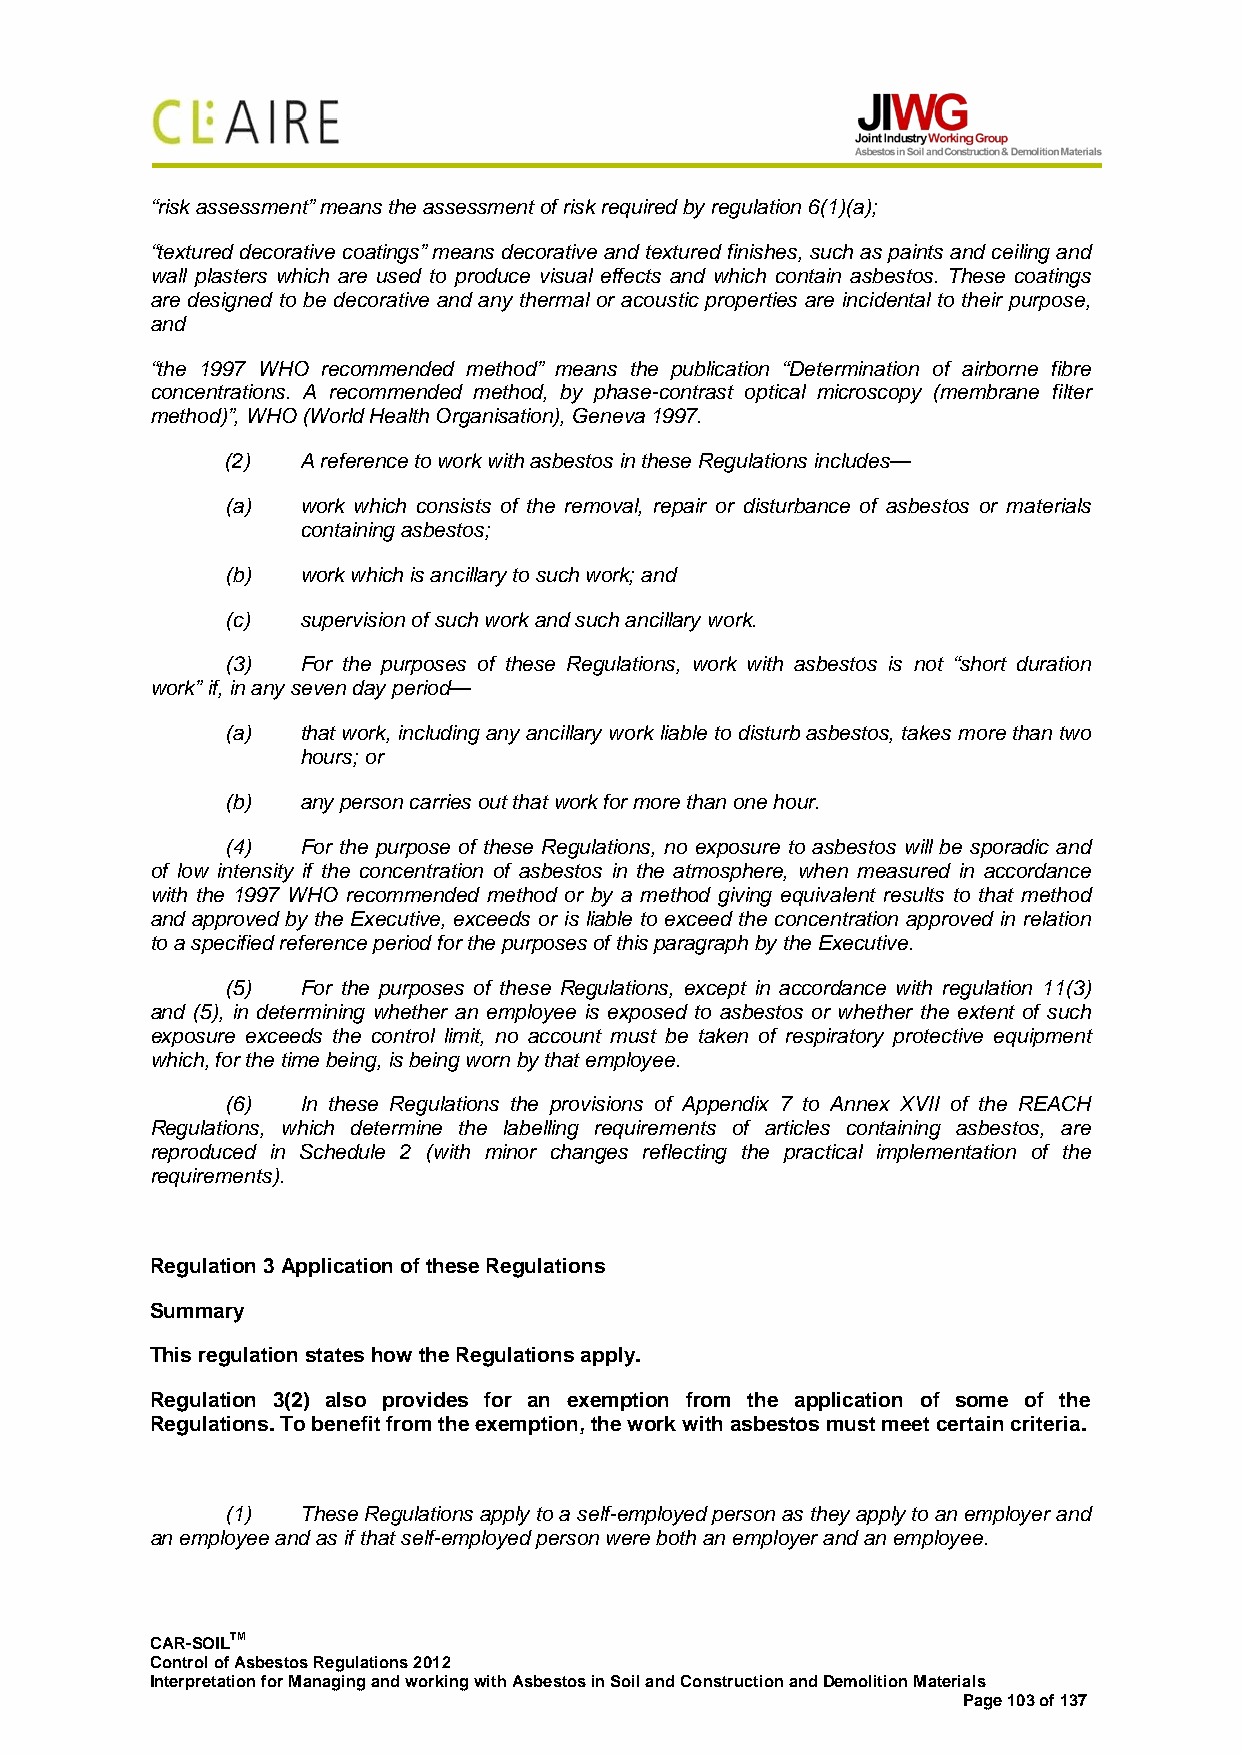
“risk assessment” means the assessment of risk required by regulation 6(1)(a);
 “textured decorative coatings” means decorative and textured finishes, such as paints and ceiling and
 wall plasters which are used to produce visual effects and which contain asbestos. These coatings
 are designed to be decorative and any thermal or acoustic properties are incidental to their purpose,
 and
 “the 1997 WHO recommended method” means the publication “Determination of airborne fibre
 concentrations. A recommended method, by phase-contrast optical microscopy (membrane filter
 method)”, WHO (World Health Organisation), Geneva 1997.
 (2)  A reference to work with asbestos in these Regulations includes—
 (a)  work which consists of the removal, repair or disturbance of asbestos or materials
 containing asbestos;
 (b)  work which is ancillary to such work; and
 (c)  supervision of such work and such ancillary work.
 (3)  For the purposes of these Regulations, work with asbestos is not “short duration
 work” if, in any seven day period—
 (a)  that work, including any ancillary work liable to disturb asbestos, takes more than two
 hours; or
 (b)  any person carries out that work for more than one hour.
 (4)  For the purpose of these Regulations, no exposure to asbestos will be sporadic and
 of low intensity if the concentration of asbestos in the atmosphere, when measured in accordance
 with the 1997 WHO recommended method or by a method giving equivalent results to that method
 and approved by the Executive, exceeds or is liable to exceed the concentration approved in relation
 to a specified reference period for the purposes of this paragraph by the Executive.
 (5)  For the purposes of these Regulations, except in accordance with regulation 11(3)
 and (5), in determining whether an employee is exposed to asbestos or whether the extent of such
 exposure exceeds the control limit, no account must be taken of respiratory protective equipment
 which, for the time being, is being worn by that employee.
 (6)  In these Regulations the provisions of Appendix 7 to Annex XVII of the REACH
 Regulations, which determine the labelling requirements of articles containing asbestos, are
 reproduced in Schedule 2 (with minor changes reflecting the practical implementation of the
 requirements).
 Regulation 3 Application of these Regulations
 Summary
 This regulation states how the Regulations apply.
 Regulation 3(2) also provides for an exemption from the application of some of the
 Regulations. To benefit from the exemption, the work with asbestos must meet certain criteria.
 (1)  These Regulations apply to a self-employed person as they apply to an employer and
 an employee and as if that self-employed person were both an employer and an employee.
 CAR-SOILTM
 Control of Asbestos Regulations 2012
 Interpretation for Managing and working with Asbestos in Soil and Construction and Demolition Materials
 Page 103 of 137